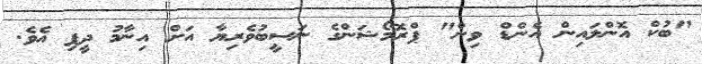
"ބުކް އޮންލައިން އެންޑް ވިން" ޕްރޮމޯޝަންގެ ނަސީބުވެރިޔާ އަށް އިނާމު ދީފި އެވެ.